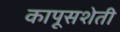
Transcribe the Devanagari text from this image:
कापूसशेती